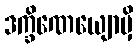
ဒက္ခိဏေယျောမှိ